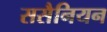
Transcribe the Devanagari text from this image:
ससैनियन